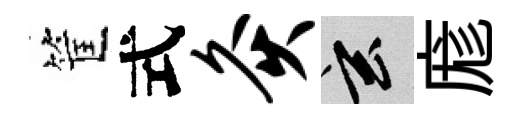
筐式灸玄庬